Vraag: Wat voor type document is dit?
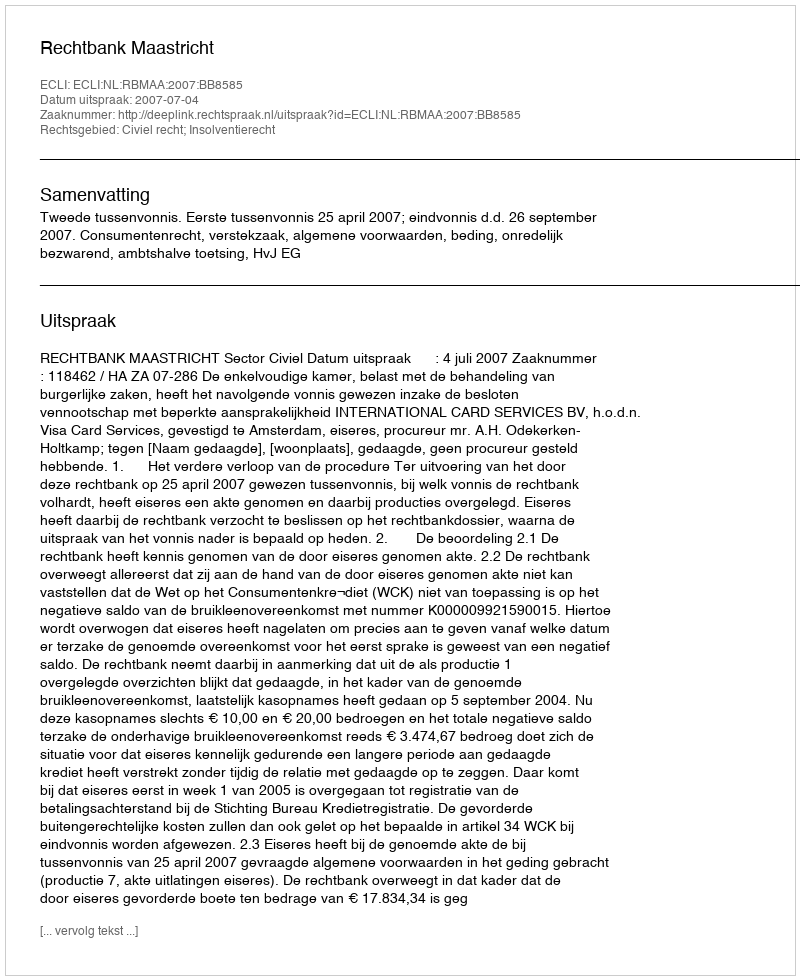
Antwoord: Uitspraak